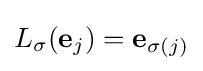
L_{\sigma }(\mathbf {e} _{j})=\mathbf {e} _{\sigma (j)}